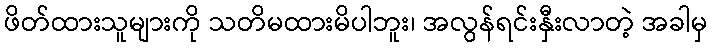
ဖိတ်ထားသူများကို သတိမထားမိပါဘူး၊ အလွန်ရင်းနှီးလာတဲ့ အခါမှ